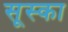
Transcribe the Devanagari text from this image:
सूस्का